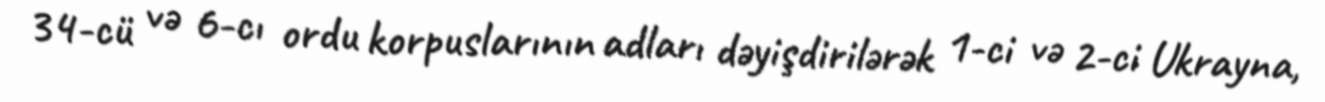
34-cü və 6-cı ordu korpuslarının adları dəyişdirilərək 1-ci və 2-ci Ukrayna,